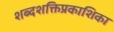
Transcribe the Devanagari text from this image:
शब्दशक्तिप्रकाशिका